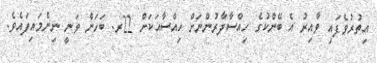
އިތުރުވެފައި ވާއިރު އެ ބޭންކުގެ ހިއްސާދާރުންނަށް ހިއްސާއަކަށް 22ރ. ބަހަން ވަނީ ނިންމައިފައެވެ.